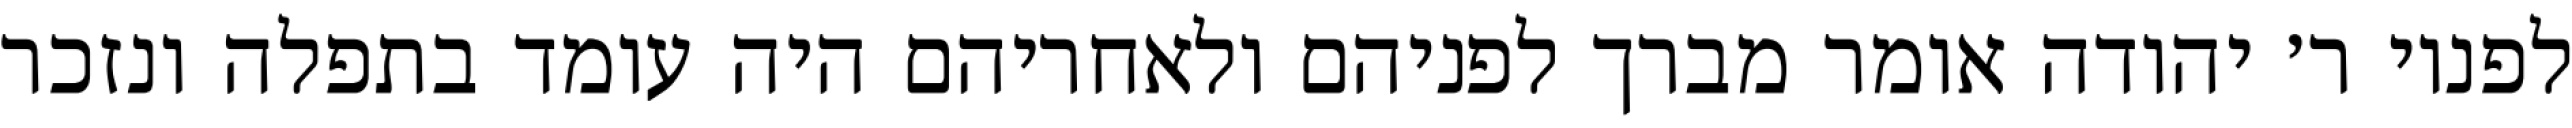
לפניו ר׳ יהודה אומר מברך לפניהם ולאחריהם היה עומד בתפלה ונזכר